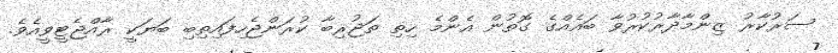
ސަރުކާރު ޒިންމާދާރުކުރުވާ ބައެއްގެ ގޮތުން އެންމެ ހިތި ތަޖުރިބާ ކުރަންޖެހިފައިތިބި ބަޔަކީ ރާއްޖެޓީވީއެވެ.